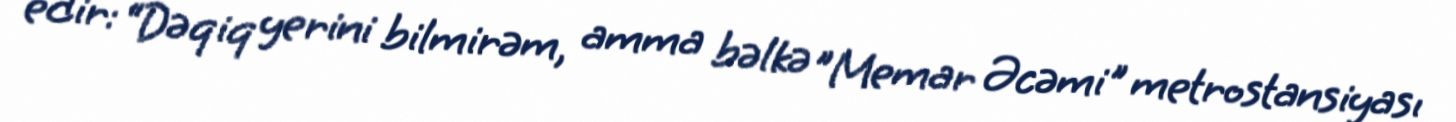
edir: “Dəqiq yerini bilmirəm, amma bəlkə ”Memar Əcəmi" metrostansiyası